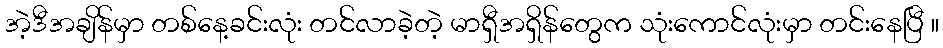
အဲ့ဒီအချိန်မှာ တစ်နေ့ခင်းလုံး တင်လာခဲ့တဲ့ မာရှီအရှိန်တွေက သုံးကောင်လုံးမှာ တင်းနေပြီ ။